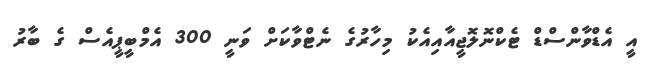
އީ އެޑްވާންސްޑް ޓެކްނޮލޮޖީއާއިއެކު މިހާރުގެ ނެޓްވާކަށް ވަނީ 300 އެމްބީޕީއެސް ގެ ބާރު